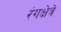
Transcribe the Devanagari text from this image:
रंगक्षेत्रे